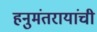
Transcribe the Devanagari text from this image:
हनुमंतरायांची